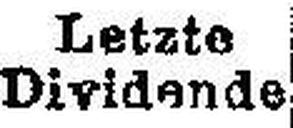
Dividende